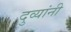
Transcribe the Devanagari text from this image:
दुव्यांनी